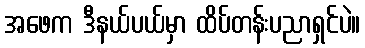
အဖေက ဒီနယ်ပယ်မှာ ထိပ်တန်းပညာရှင်ပဲ။